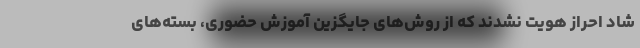
شاد احراز هویت نشدند که از روش‌های جایگزین آموزش حضوری، بسته‌های